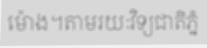
ម៉ោង។តាមរយៈវិទ្យជាតិភ្នំ